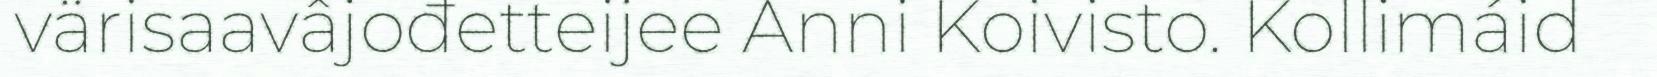
värisaavâjođetteijee Anni Koivisto. Kollimáid